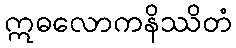
ဣဓလောကနိဿိတံ